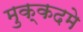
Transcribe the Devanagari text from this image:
मुक्कदमे